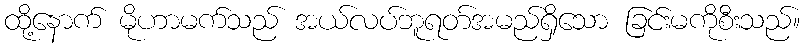
ထို့နောက် မိုဟာမက်သည် အယ်လပ်ဘူရတ်အမည်ရှိသော ခြင်းမကိုစီးသည်။